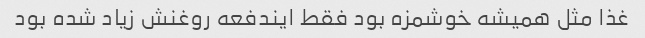
غذا مثل همیشه خوشمزه بود فقط ایندفعه روغنش زیاد شده بود